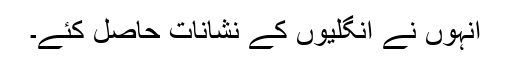
انہوں نے انگلیوں کے نشانات حاصل کئے۔